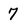
Character: 7